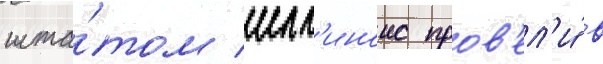
шта́том илл'иноис пров'ел'и́ в